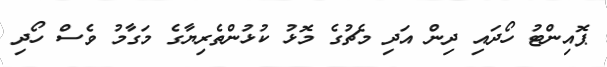
ޕޮއިންޓު ހޯދައި ދިން އަދި މެޗުގެ މޮޅު ކުޅުންތެރިޔާގެ މަގާމު ވެސް ހޯދި